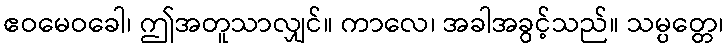
ဧဝမေဝခေါ၊ ဤအတူသာလျှင်။ ကာလေ၊ အခါအခွင့်သည်။ သမ္ပတ္တေ၊